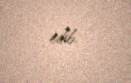
edib.